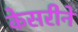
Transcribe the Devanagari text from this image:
केसरीने